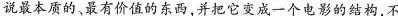
说最本质的最有价值的东西,并把它变成一个电影的结构，不